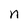
Character: n